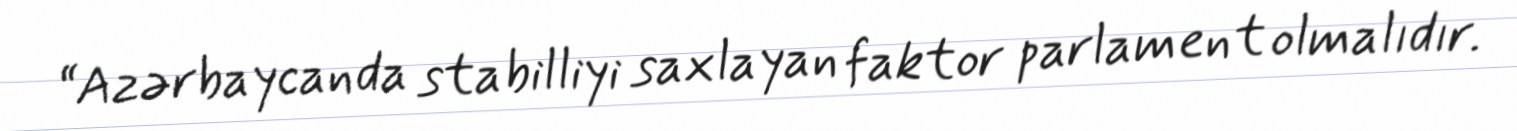
“Azərbaycanda stabilliyi saxlayan faktor parlament olmalıdır.